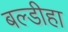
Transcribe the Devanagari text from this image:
बल्डीहा